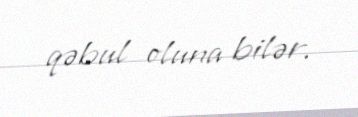
qəbul oluna bilər.